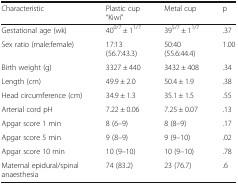
<table><thead><tr><td><b>Characteristic</b></td><td><b>Plastic cup“Kiwi”</b></td><td><b>Metal cup</b></td><td><b>p</b></td></tr></thead><tbody><tr><td>Gestational age (wk)</td><td>40<sup>0/7</sup> ± 1<sup>1/7</sup></td><td>39<sup>5/7</sup> ± 1<sup>1/7</sup></td><td>.37</td></tr><tr><td>Sex ratio (male:female)</td><td>17:13 (56.7:43.3)</td><td>50:40 (55.6:44.4)</td><td>1.00</td></tr><tr><td>Birth weight (g)</td><td>3327 ± 440</td><td>3432 ± 408</td><td>.34</td></tr><tr><td>Length (cm)</td><td>49.9 ± 2.0</td><td>50.4 ± 1.9</td><td>.38</td></tr><tr><td>Head circumference (cm)</td><td>34.9 ± 1.3</td><td>35.1 ± 1.5</td><td>.55</td></tr><tr><td>Arterial cord pH</td><td>7.22 ± 0.06</td><td>7.25 ± 0.07</td><td>.13</td></tr><tr><td>Apgar score 1 min</td><td>8 (6–9)</td><td>8 (8–9)</td><td>.17</td></tr><tr><td>Apgar score 5 min</td><td>9 (8–9)</td><td>9 (9–10)</td><td>.02</td></tr><tr><td>Apgar score 10 min</td><td>10 (9–10)</td><td>10 (9–10)</td><td>.78</td></tr><tr><td>Maternal epidural/spinal anaesthesia</td><td>74 (83.2)</td><td>23 (76.7)</td><td>.6</td></tr></tbody></table>